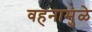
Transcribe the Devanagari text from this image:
वहनामुळे